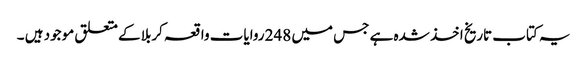
یہ کتاب تاریخ اخذ شدہ ہے جس میں 248 روایات واقعہ کربلا کے متعلق موجود ہیں ۔